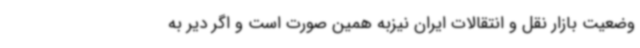
وضعیت بازار نقل و انتقالات ایران نیزبه همین صورت است و اگر دیر به